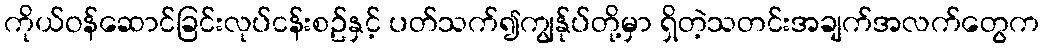
ကိုယ်ဝန်ဆောင်ခြင်းလုပ်ငန်းစဥ်နှင့် ပတ်သက်၍ကျွန်ုပ်တို့မှာ ရှိတဲ့သတင်းအချက်အလက်တွေက